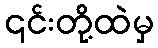
၎င်းတို့ထဲမှ